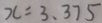
x = 3 . 3 7 5